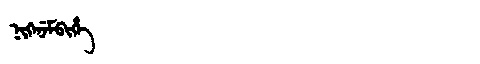
Manchu: ᠨᡳᡴᡝᠨᡝᠮᠪᡳᡥᡝ
Romanization: NIKENEMBIHE